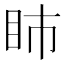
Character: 𥄔